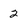
Character: 2